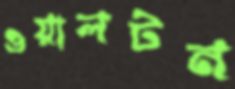
ওয়ালটন